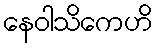
နေဝါသိကေဟိ